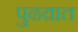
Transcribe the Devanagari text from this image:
पुढय़ात